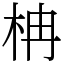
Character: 柟